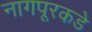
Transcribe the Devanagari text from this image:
नागपूरकडे